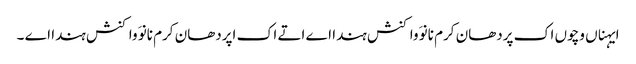
ایہناں وچوں اک پردھان کرم نانوَ واکنش ہندا اے اتے اک اپردھان کرم نانوَ واکنش ہندا اے ۔